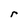
Character: r